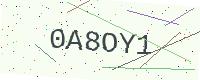
Text: 0A8OY1